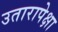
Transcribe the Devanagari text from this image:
उतारापेक्षा